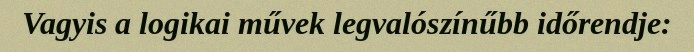
Vagyis a logikai művek legvalószínűbb időrendje: